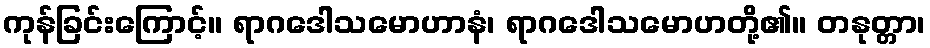
ကုန်ခြင်းကြောင့်။ ရာဂဒေါသမောဟာနံ၊ ရာဂဒေါသမောဟတို့၏။ တနုတ္တာ၊